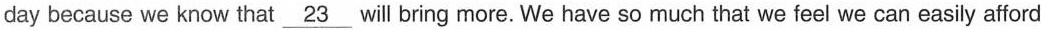
day because we know that \underline{23} will bring more.We have so much that we feel we can easily afford